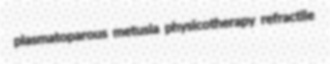
plasmatoparous metusia physicotherapy refractile